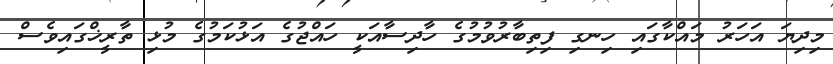
މިދިޔަ އަހަރު މައްކާގައި ހިނގި ފިތިބާރުވުމުގެ ހާދިސާއަކީ ހައްޖުގެ އަޅުކަމުގެ މުޅި ތާރީޚްގައިވެސް